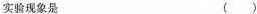
实验现象是 ()